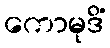
ကောမုဒိံ